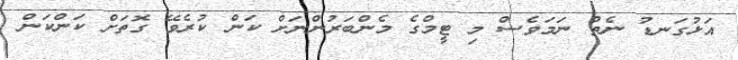
އަޅުގަނޑު ނެތް ނަމަވެސް މި ޓީމްގެ މެންބަރުންނަށް ކަން ކުރެވޭ ގޮތަށް ކަންކަން